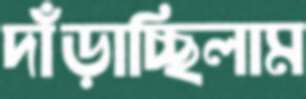
দাঁড়াচ্ছিলাম